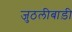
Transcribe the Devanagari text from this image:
जुठलीबाड़ी